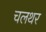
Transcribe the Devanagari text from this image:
चलथर